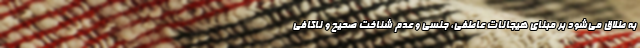
به طلاق می‌شود بر مبنای هیجانات عاطفی، جنسی و عدم شناخت صحیح و ناکافی